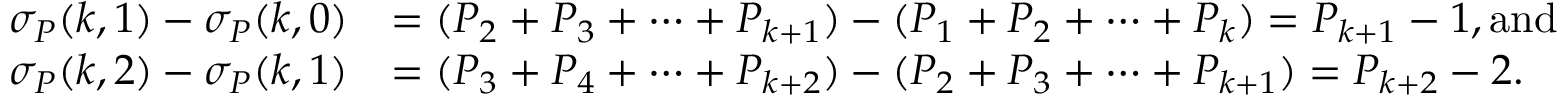
\begin{array} { r l } { \sigma _ { P } ( k , 1 ) - \sigma _ { P } ( k , 0 ) } & { = ( P _ { 2 } + P _ { 3 } + \cdots + P _ { k + 1 } ) - ( P _ { 1 } + P _ { 2 } + \cdots + P _ { k } ) = P _ { k + 1 } - 1 , \mathrm { a n d } } \\ { \sigma _ { P } ( k , 2 ) - \sigma _ { P } ( k , 1 ) } & { = ( P _ { 3 } + P _ { 4 } + \cdots + P _ { k + 2 } ) - ( P _ { 2 } + P _ { 3 } + \cdots + P _ { k + 1 } ) = P _ { k + 2 } - 2 . } \end{array}